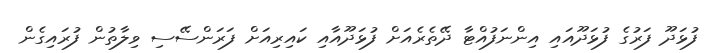
ފުޅަދޫ ފަރުގެ ފުޅަދޫއައި އިންނަފުއްޓާ ދޭތެރެއަށް ފުޅަދޫއާއި ކައިރިއަށް ފަރަންސޭސި ވިލާތުން ފުރައިގެން